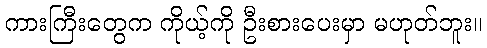
ကားကြီးတွေက ကိုယ့်ကို ဦးစားပေးမှာ မဟုတ်ဘူး။